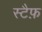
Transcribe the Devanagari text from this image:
स्टैफ़